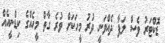
ޑޮކްޓަރު ވެސް ލަފާ ދެއްވަނީ ދުރު މީހަކަށް ވުރެ ގާތް މީހެއްގެ ކިޑްނީއެއް